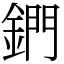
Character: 鍆